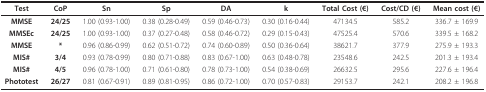
<table><thead><tr><td><b>Test</b></td><td><b>CoP</b></td><td><b>Sn</b></td><td><b>Sp</b></td><td><b>DA</b></td><td><b>k</b></td><td><b>Total Cost (€)</b></td><td><b>Cost/CD (€)</b></td><td><b>Mean cost (€)</b></td></tr></thead><tbody><tr><td><b>MMSE</b></td><td><b>24/25</b></td><td>1.00 (0.93-1.00)</td><td>0.38 (0.28-0.49)</td><td>0.59 (0.46-0.73)</td><td>0.30 (0.16-0.44)</td><td>47134.5</td><td>585.2</td><td>336.7 ± 169.9</td></tr><tr><td><b>MMSEc</b></td><td><b>24/25</b></td><td>1.00 (0.93-1.00)</td><td>0.37 (0.27-0.48)</td><td>0.58 (0.46-0.72)</td><td>0.29 (0.15-0.43)</td><td>47525.4</td><td>570.6</td><td>339.5 ± 168.2</td></tr><tr><td><b>MMSE</b></td><td><b>*</b></td><td>0.96 (0.86-0.99)</td><td>0.62 (0.51-0.72)</td><td>0.74 (0.60-0.89)</td><td>0.50 (0.36-0.64)</td><td>38621.7</td><td>377.9</td><td>275.9 ± 193.3</td></tr><tr><td><b>MIS#</b></td><td><b>3/4</b></td><td>0.93 (0.78-0.99)</td><td>0.80 (0.71-0.88)</td><td>0.83 (0.67-1.00)</td><td>0.63 (0.48-0.78)</td><td>23548.6</td><td>242.5</td><td>201.3 ± 193.4</td></tr><tr><td><b>MIS#</b></td><td><b>4/5</b></td><td>0.96 (0.78-1.00)</td><td>0.71 (0.61-0.80)</td><td>0.78 (0.73-1.00)</td><td>0.54 (0.38-0.69)</td><td>26632.5</td><td>295.6</td><td>227.6 ± 196.4</td></tr><tr><td><b>Phototest</b></td><td><b>26/27</b></td><td>0.81 (0.67-0.91)</td><td>0.89 (0.81-0.95)</td><td>0.86 (0.72-1.00)</td><td>0.70 (0.57-0.83)</td><td>29153.7</td><td>242.1</td><td>208.2 ± 196.8</td></tr></tbody></table>